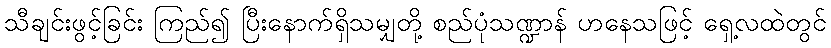
သီချင်းဖွင့်ခြင်း ကြည်၍ ပြီးနောက်ရှိသမျှတို့ စည်ပုံသဏ္ဍာန် ဟနေသဖြင့် ရှေ့လထဲတွင်